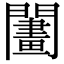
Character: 𨶬